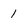
Character: 1